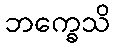
ဘက္ခေသိ